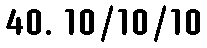
40. 10/10/10